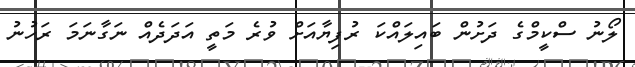
ލޯނު ސްކީމްގެ ދަށުން ބައިލައްކަ ރުފިޔާއަށް ވުރެ މަތީ އަދަދެއް ނަގާނަމަ ރަހުނު